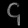
Digit: ၄